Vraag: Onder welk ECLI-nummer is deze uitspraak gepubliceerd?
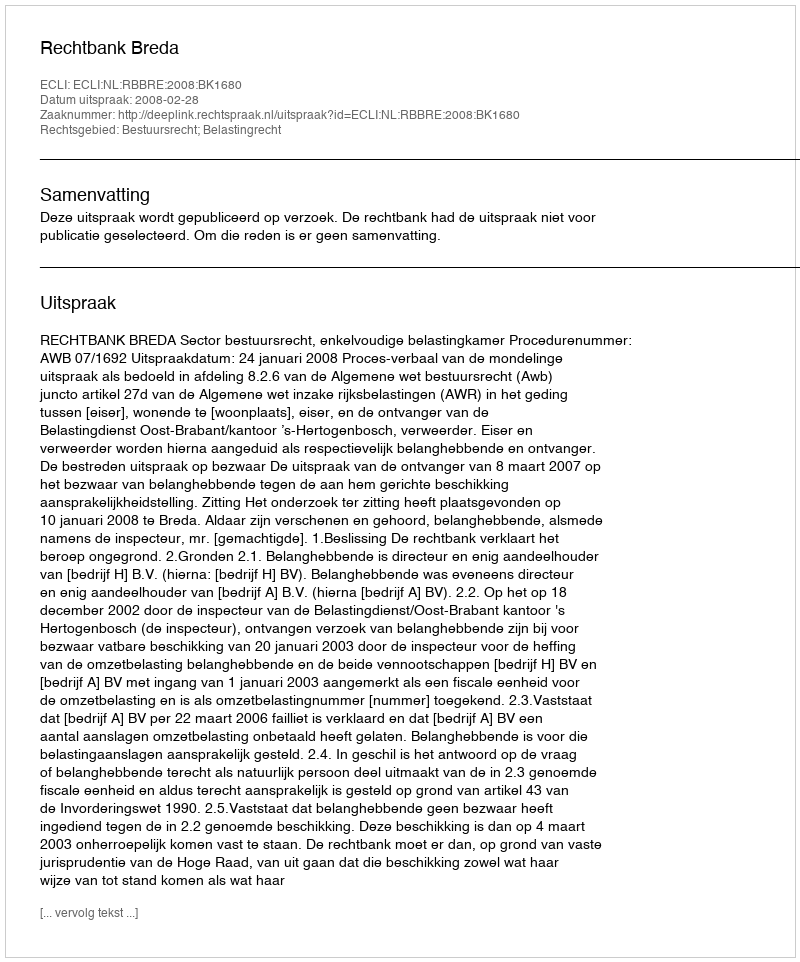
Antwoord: ECLI:NL:RBBRE:2008:BK1680